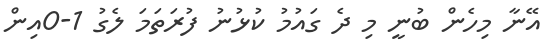
އޭނާ މިހެން ބުނީ މި ދެ ގައުމު ކުޅުނު ފުރަތަމަ ލެގު 1-0އިން